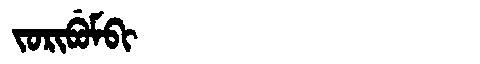
Manchu: ᠵᠣᡵᡳᠪᡠᠮᠪᡳ
Romanization: JORIBUMBI